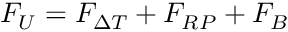
F _ { U } = F _ { \Delta T } + F _ { R P } + F _ { B }